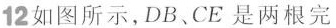
12如图所示，DB、CE是两根完